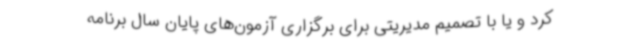
کرد و یا با تصمیم مدیریتی برای برگزاری آزمون‌های پایان سال برنامه